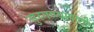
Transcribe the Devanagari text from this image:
सुरगण्यापाशी